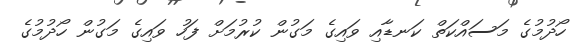
ހޯދުމުގެ މަސައްކަތް ކަނޑާއި ވައިގެ މަގުން ކުރުމަށް ފަހު ވައިގެ މަގުން ހޯދުމުގެ